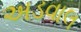
અડવાલ